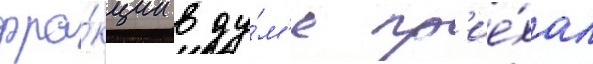
фра́кции в ду́м'е пр'ие́хал